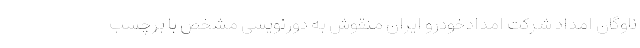
ناوگان امداد شرکت امدادخودرو ایران منقوش به دورنویسی مشخص با برچسب